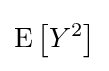
\operatorname {E} \left[Y^{2}\right]